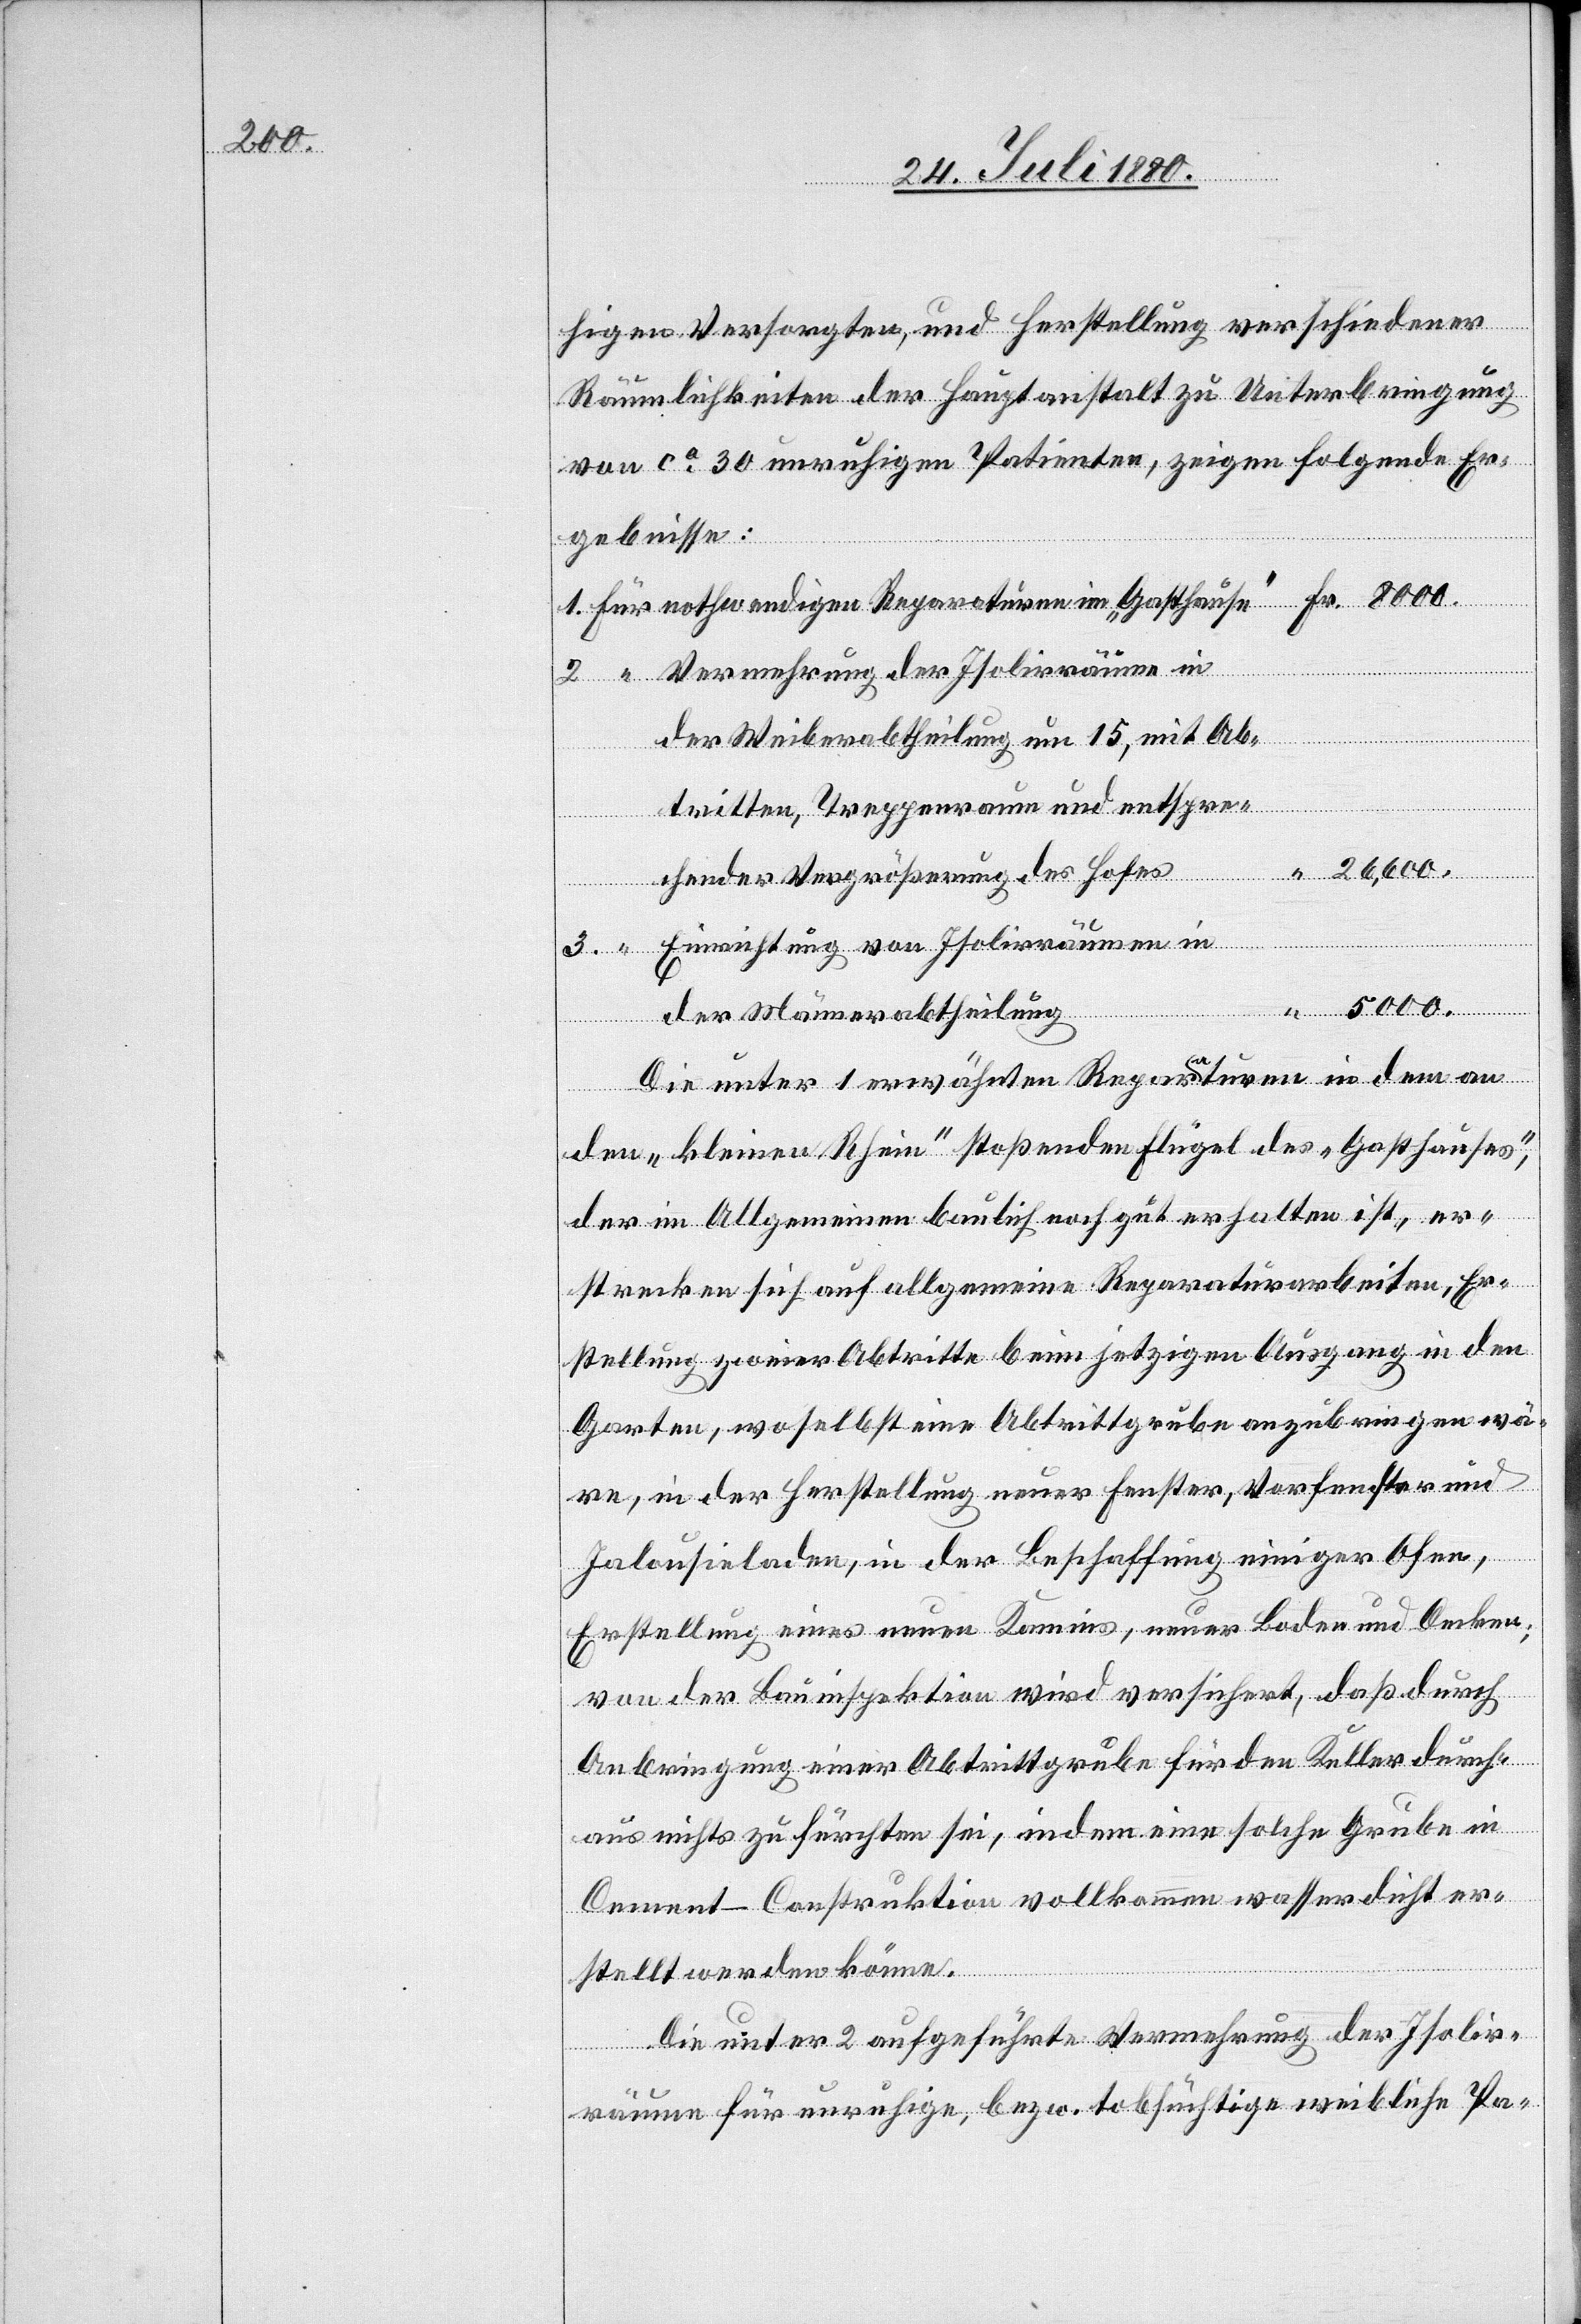
5000.

higen Versorgten, und Herstellung verschiedener
Räumlichkeiten der Hauptanstalt zu Unterbringung
von ca 30 unruhigen Patienten, zeigen folgende Er¬
3.
gebnisse:
“
Vermehrung der Isolirräume in
im „Gasthause“
der Weiberabtheilung um 15, mit Ab-
tritten, Treppenraum und entspre-
chender Vergrößerung des Hofes
“
Einrichtung von Isolirräumen in
der Männerabtheilung
Fr.
Die unter 1 erwähnten Reparaturen in dem an
den „kleinen Rhein“ stoßenden Flügel des „Gasthauses“,
der im Allgemeinen baulich noch gut erhalten ist, er¬
strecken sich auf allgemeine Reparaturarbeiten, Er¬
stellung zweier Abritte beim jetzigen Ausgang in den
Garten, woselbst eine Abtrittgrube anzubringen wä¬
re, in der Herstellung neuer Fenster, Vorfenster und
Jalousieladen, in der Beschaffung einiger Ofen,
Erstellung eines neuen Kamins, neuer Boden und Decken;
von der Bauinspektion wird versichert, daß durch
Anbringung einer Abtrittgrube für den Keller durch¬
aus nichts zu fürchten sei, indem eine solche Grube in
Cement-Construktion vollkommen wasserdicht er¬
für
stellt werden könne.
Die unter 2 aufgeführte Vermehrung der Isolir¬
räume für unruhige, bezw. tobsüchtige weibliche Pa-